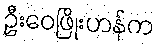
ဦးဝေဖြိုးဟန်က